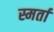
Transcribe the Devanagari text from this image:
स्मर्ता